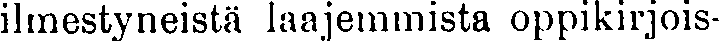
ilmestyneistä laajemmista oppikirjois-